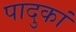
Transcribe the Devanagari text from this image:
पादुकां